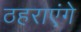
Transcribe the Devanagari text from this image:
ठहराएंगे